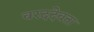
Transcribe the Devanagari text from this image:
वरददेवता